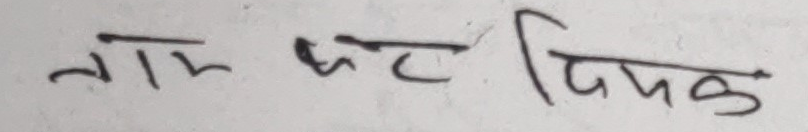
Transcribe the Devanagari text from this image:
तार घट दिपक